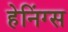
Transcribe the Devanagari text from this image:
हेनिंग्स